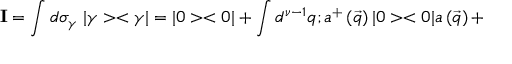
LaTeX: { \bf I } = \int d { \sigma } _ { \gamma } \; | \gamma > < \gamma | = | 0 > < 0 | + \int d ^ { \nu - 1 } q ; a ^ { + } \left( \vec { q } \right) | 0 > < 0 | a \left( \vec { q } \right) +